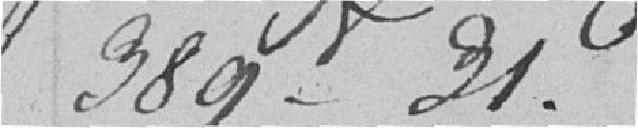
389 francs 31 centimes.